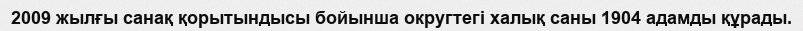
2009 жылғы санақ қорытындысы бойынша округтегі халық саны 1904 адамды құрады.